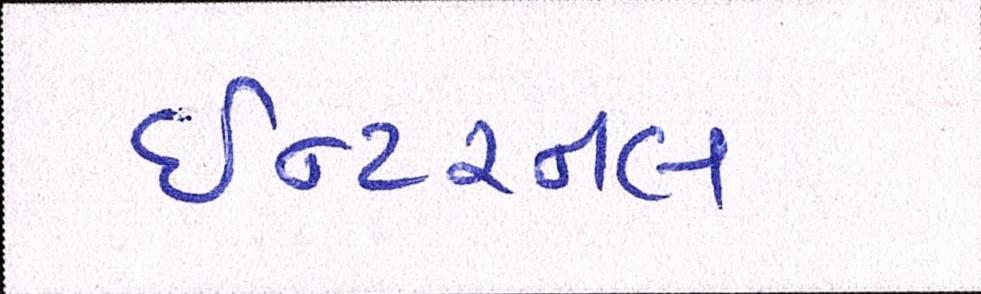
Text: ઇન્ટરનલ